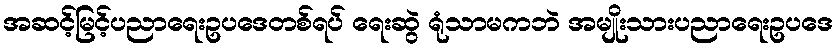
အဆင့်မြင့်ပညာရေးဥပဒေတစ်ရပ် ရေးဆွဲ ရုံသာမကဘဲ အမျိုးသားပညာရေးဥပဒေ